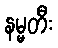
နမ္မတီး